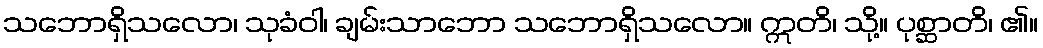
သဘောရှိသလော၊ သုခံဝါ၊ ချမ်းသာဘော သဘောရှိသလော။ ဣတိ၊ သို့။ ပုစ္ဆာတိ၊ ၏။